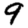
Digit: 9